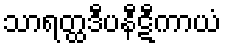
သာရတ္ထဒီပနီဋီကာယံ